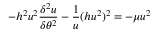
- h ^ { 2 } u ^ { 2 } { \frac { \delta ^ { 2 } u } { \delta \theta ^ { 2 } } } - { \frac { 1 } { u } } ( h u ^ { 2 } ) ^ { 2 } = - \mu u ^ { 2 }